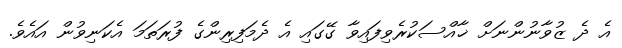
އެ ދެ ޒުވާނުންނަށް ޚާއްސަކުރެވިފައިވާ ގޭގައި އެ ދެމަފިރިންގެ ފުރަތަމަ އެކަނިވުން އައެވެ.